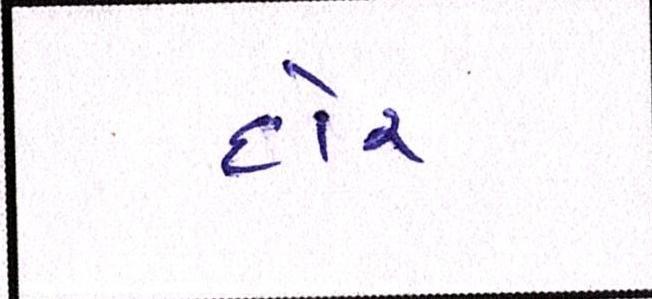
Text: દોર